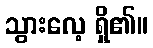
သွားလေ့ ရှိ၏။